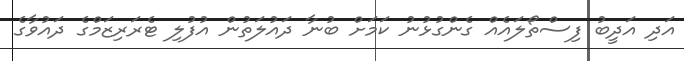
އަދި އަދީބު ފިސްތޯލައެއް ގެންގުޅުނު ކަމަށް ބުނާ ދައުލަތުން އުފުލި ޓެރަރިޒަމްގެ ދައުވާގެ